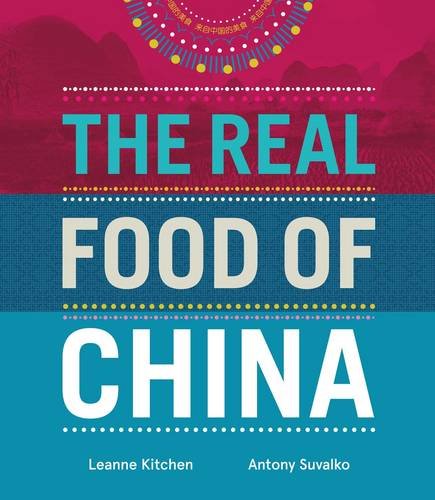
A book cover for The Real Food of China; Leanne Kitchen; Cookbooks, Food & Wine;